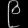
Digit: ၉